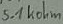
Text: 5.1kohm